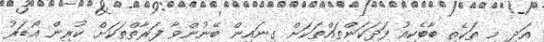
އަދި މި ތަކެތި ބާބެކިއު ފަދަކަންތައްތަކަށް ގިނައިން ބޭނުންވާ ފަރާތްތަކަށް ކުރިން އޯޑަރު